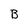
Character: B